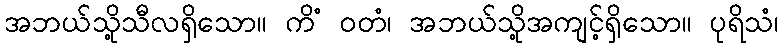
အဘယ်သို့သီလရှိသော။ ကိံ ဝတံ၊ အဘယ်သို့အကျင့်ရှိသော။ ပုရိသံ၊